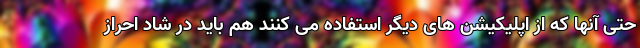
حتی آنها که از اپلیکیشن های دیگر استفاده می کنند هم باید در شاد احراز